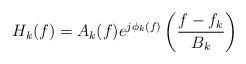
LaTeX: \begin{align*} H_k(f) = A_k(f)e^{j\phi_k(f)}\left(\frac{f-f_k}{B_k}\right)\end{align*}